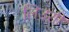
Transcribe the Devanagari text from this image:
लिउशी